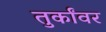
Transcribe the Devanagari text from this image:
तुर्कांवर